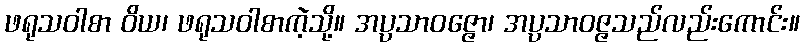
ဖရုသဝါစာ ဝိယ၊ ဖရုသဝါစာကဲ့သို့။ အပ္ပသာဝဇ္ဇော၊ အပ္ပသာဝဇ္ဇသည်လည်းကောင်း။